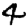
Digit: 4